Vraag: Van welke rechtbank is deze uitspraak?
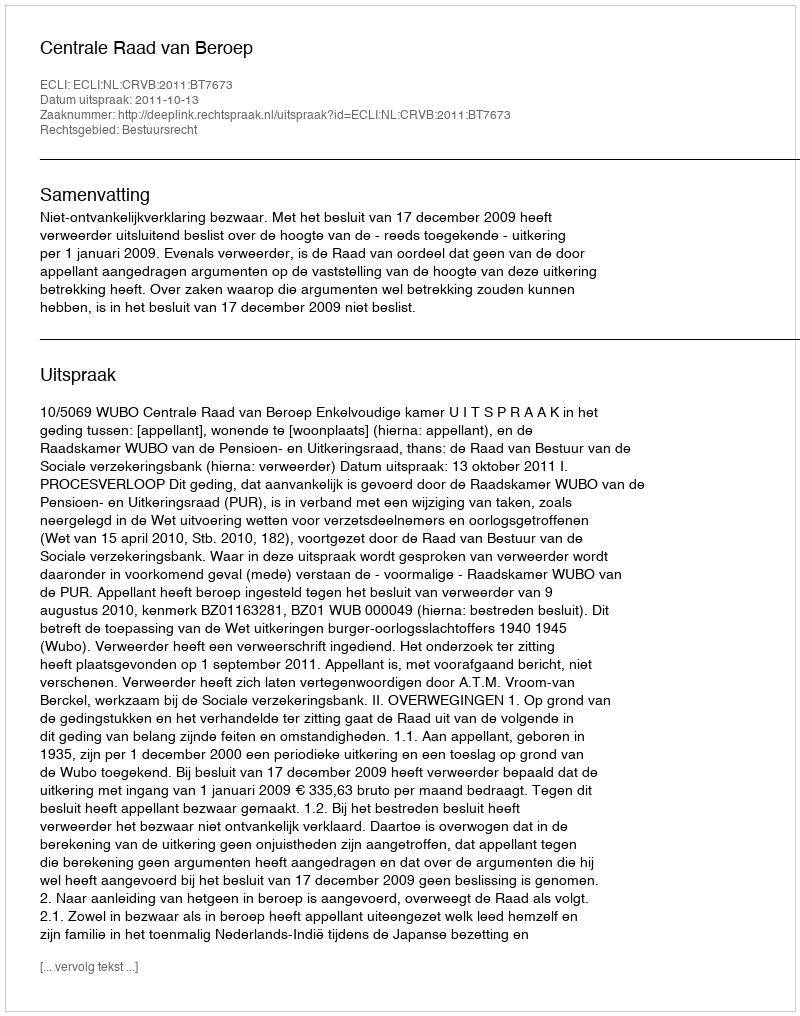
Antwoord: Centrale Raad van Beroep